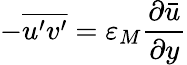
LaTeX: -{\overline{{u^{\prime}v^{\prime}}}}=\varepsilon_{M}{\frac{\partial{\bar{u}}}{\partial y}}